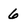
Character: 6